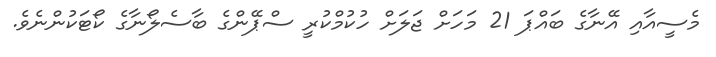
މެސީއާއި އޭނާގެ ބައްޕަ 21 މަހަށް ޖަލަށް ހުކުމްކުރީ ސްޕޭންގެ ބާސެލޯނާގެ ކޯޓަކުންނެވެ.